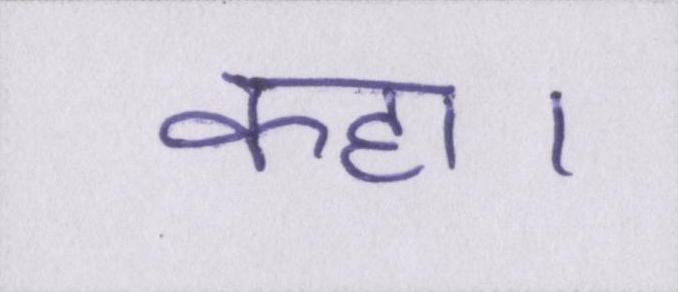
कहा।